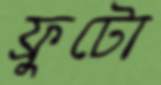
ফ্রুটো